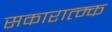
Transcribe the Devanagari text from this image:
सकारात्म्क